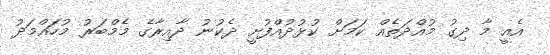
އެއީ މާ ދިގު މުއްދަތެއް ކަމަށް ކުޅުދުއްފުށީ ދެކުނު ދާއިރާގެ މެމްބަރު މުހައްމަދު